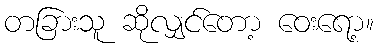
တခြားသူ ဆိုလျှင်တော့ ဝေးရော့။